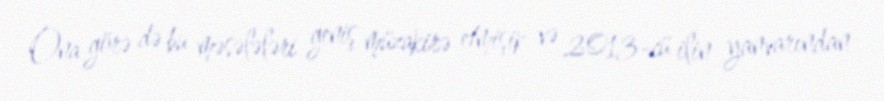
Ona görə də bu məsələləri geniş müzakirə etmişik və 2013-cü ilin yanvarından